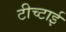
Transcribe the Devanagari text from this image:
टीच्टाई